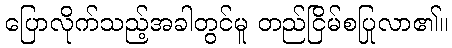
ပြောလိုက်သည့်အခါတွင်မူ တည်ငြိမ်စပြုလာ၏။